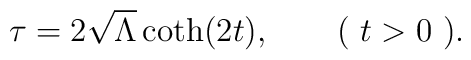
\tau=2\sqrt{\Lambda}\coth(2t),\qquad (\mbox{ } t>0\mbox{ }).